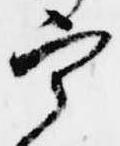
宰